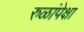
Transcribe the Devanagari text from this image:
रुळांपेक्षा